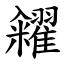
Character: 糴